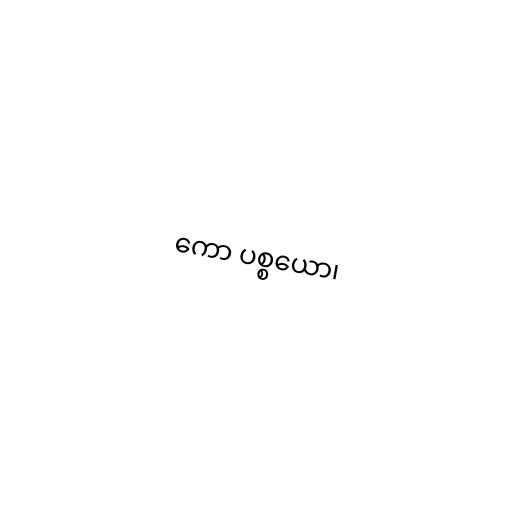
ကော ပစ္စယော၊